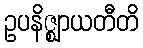
ဥပနိဇ္ဈာယတီတိ